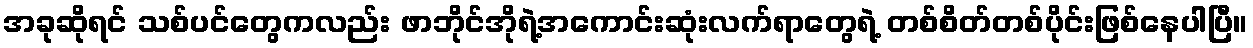
အခုဆိုရင် သစ်ပင်တွေကလည်း ဖာဘိုင်အိုရဲ့အကောင်းဆုံးလက်ရာတွေရဲ့ တစ်စိတ်တစ်ပိုင်းဖြစ်နေပါပြီ။